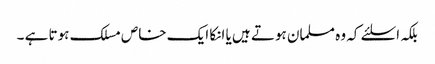
بلکہ اسلئے کہ وہ مسلمان ہوتے ہیں یا انکا ایک خاص مسلک ہوتا ہے ۔